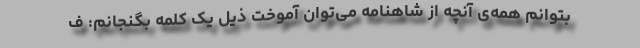
بتوانم همه‌ی آنچه از شاهنامه می‌توان آموخت ذیل یک کلمه بگنجانم: ف